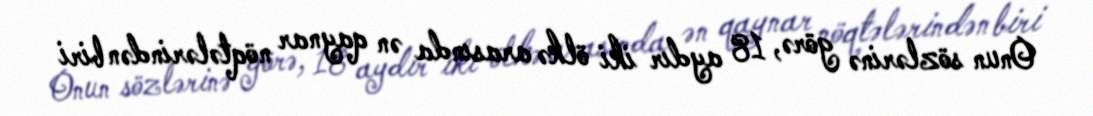
Onun sözlərinə görə, 18 aydır iki ölkə arasında ən qaynar nöqtələrindən biri